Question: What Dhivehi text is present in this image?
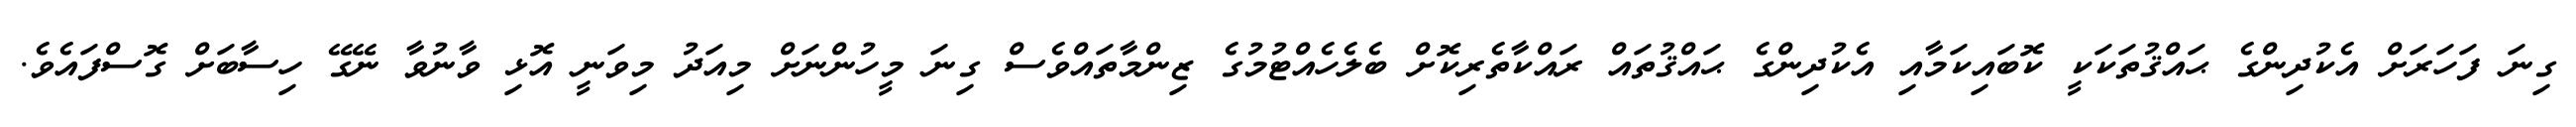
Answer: ގިނަ ފަހަރަށް އެކުދިންގެ ޙައްޤުތަކަކީ ކޮބައިކަމާއި އެކުދިންގެ ޙައްޤުތައް ރައްކާތެރިކޮށް ބެލެހެއްޓުމުގެ ޒިންމާތައްވެސް ގިނަ މީހުންނަށް މިއަދު މިވަނީ އޮޅި ވާނުވާ ނޭގޭ ހިސާބަށް ގޮސްފައެވެ.